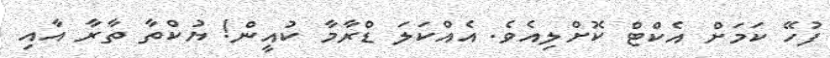
ފުހޭ ކަމަށް އެކްޓް ކޮށްލިއެވެ. އެއްކަލަ ޑްރާމާ ކުއީން! ޔުކްތާ ތާރާ އާއި